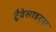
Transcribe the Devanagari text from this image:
ट्रैवेसाइट्स